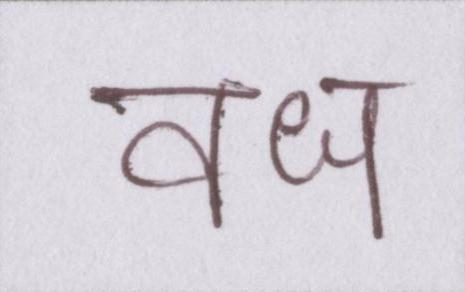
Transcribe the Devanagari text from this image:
वध